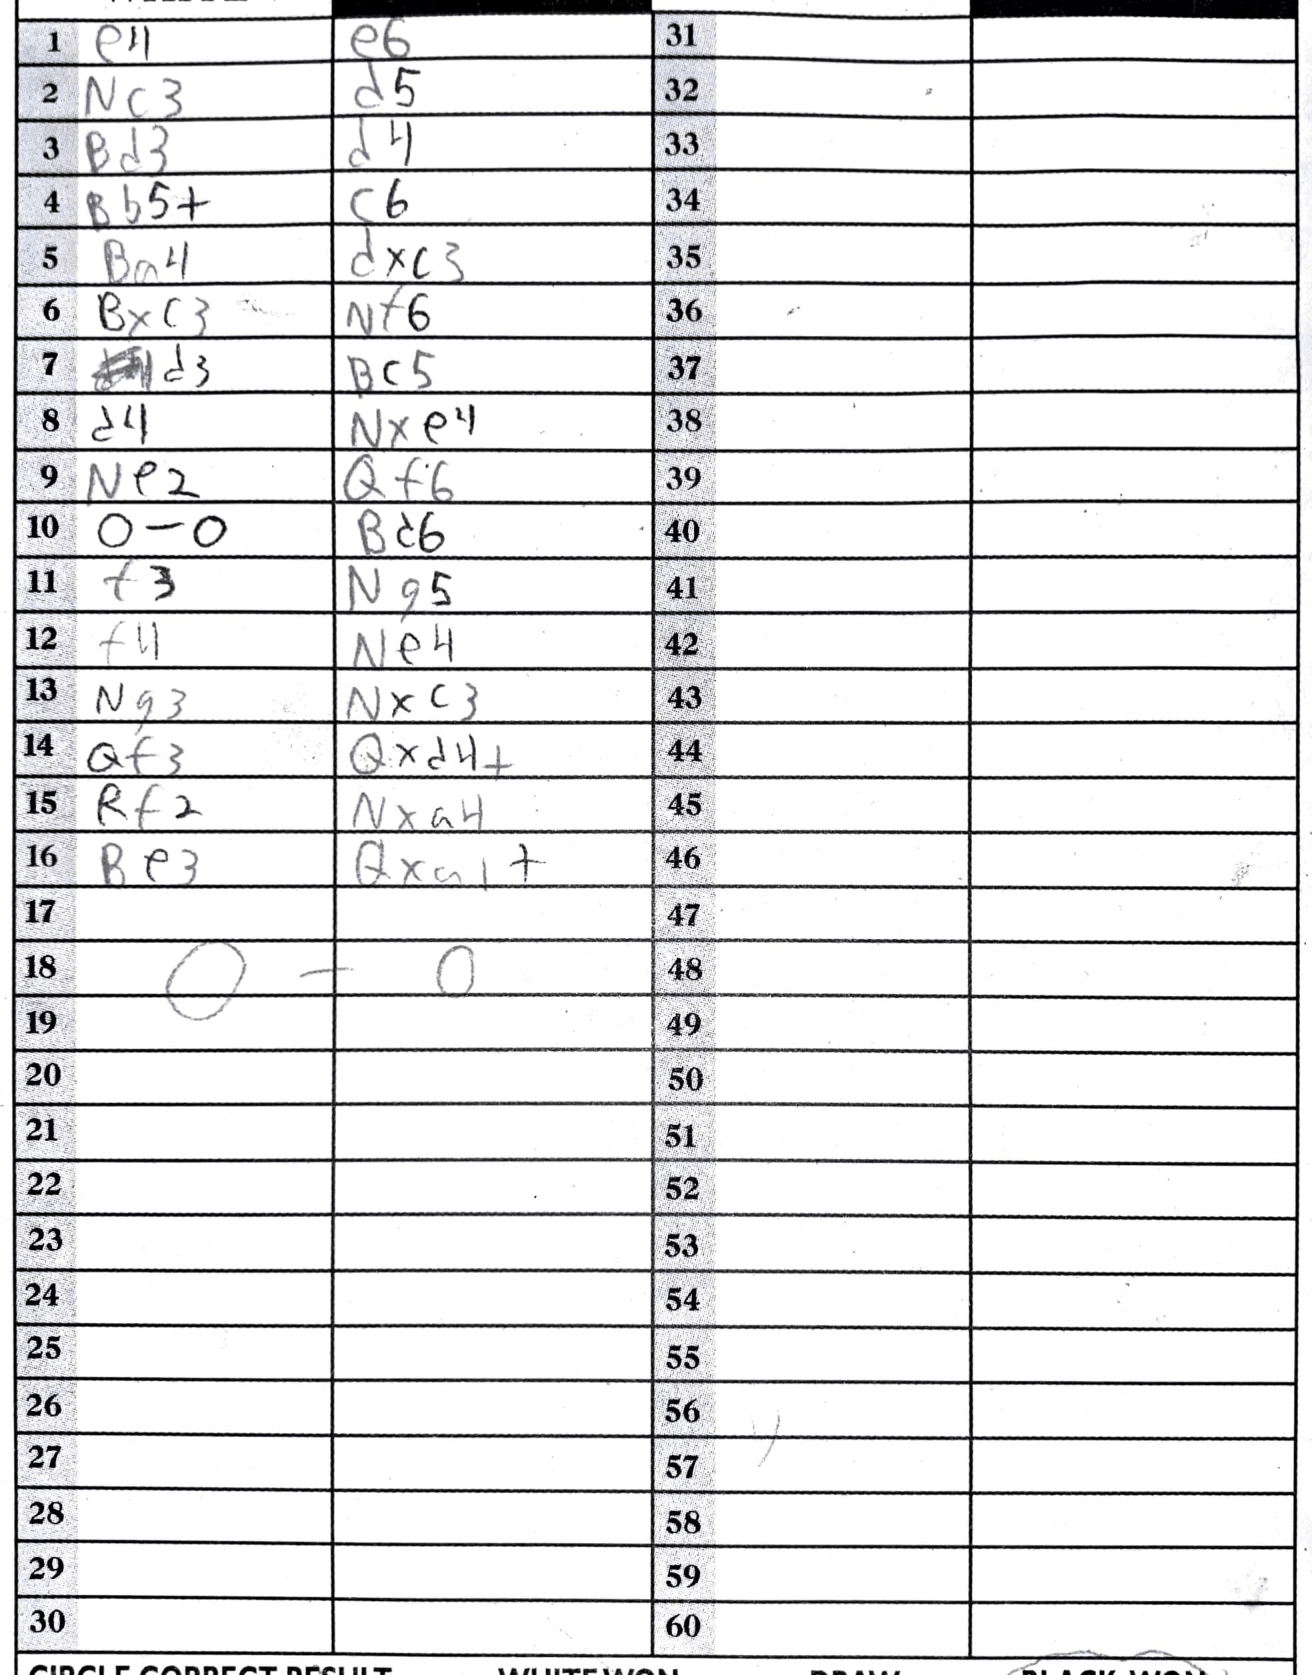
Moves: e4 e6 Nc3 d5 Bd3 d4 Bb5+ c6 Ba4 dxc3 Bxc3 Nf6 d3 Bc5 d4 Nxe4 Ne2 Qf6 O-O Bd6 f3 Ng5 f4 Ne4 Ng3 Nxc3 Qf3 Qxd4+ Rf2 Nxa4 Be3 Qxa1+